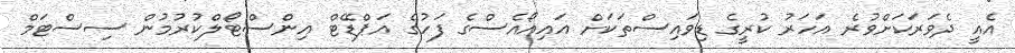
އެއީ ދެވަރަކަށްވުރެ އަހަރު ކުރީގެ ޑިވައިސްތަކަށް އައިއޯއެސްގެ ފަހުގެ އަޕްޑޭޓް އިންސްޓޯލްކުރުމުން ސިސްޓަމް